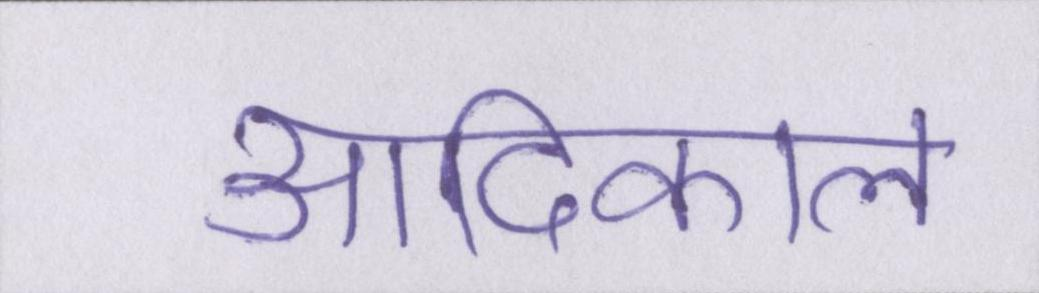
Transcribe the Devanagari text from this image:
आदिकाल